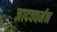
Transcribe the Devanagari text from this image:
जादववर्मन